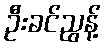
ဦးခင်ညွန့်